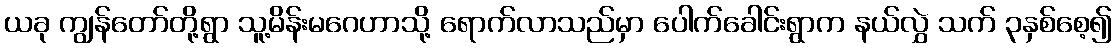
ယခု ကျွန်တော်တို့ရွာ သူ့မိန်းမဂေဟာသို့ ရောက်လာသည်မှာ ပေါက်ခေါင်းရွာက နယ်လွှဲ သက် ၃နှစ်စေ့၍